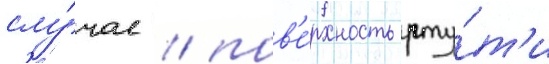
слу́чае / пов'е́рхность рту́т'и